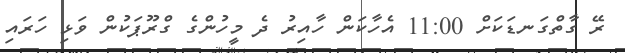
ރޭ ގާތްގަނޑަކަށް 11:00 އެހާކަން ހާއިރު ދެ މީހުންގެ ގްރޫޕަކުން ވަޅި ހަރައި